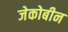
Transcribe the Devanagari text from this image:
जेकोबीन